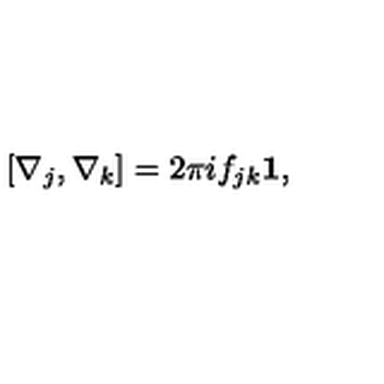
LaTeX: [ \nabla _ { j } , \nabla _ { k } ] = 2 \pi i f _ { j k } { \bf 1 } ,